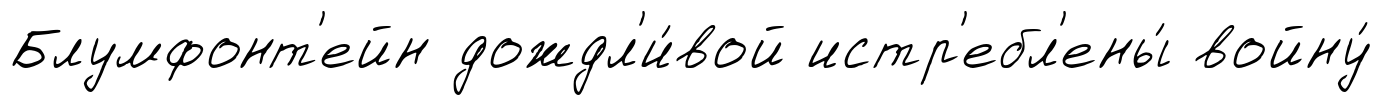
Блумфонт'ейн дождл'и́вой истр'ебл'ены́ войну́